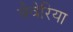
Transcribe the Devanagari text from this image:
बैवेरिया